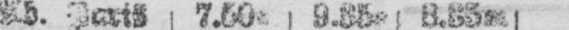
Ab. Paris 7.50a 9.35a 3.35m